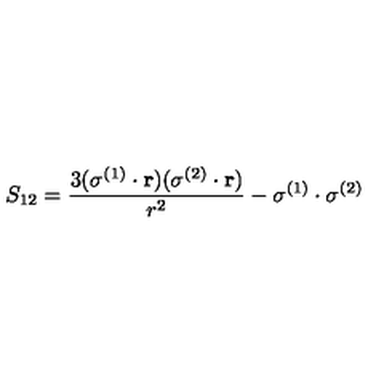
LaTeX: S _ { 1 2 } = \frac { 3 ( \mathrm { \boldmath \sigma } ^ { ( 1 ) } \cdot { \bf r } ) ( \mathrm { \boldmath \sigma } ^ { ( 2 ) } \cdot { \bf r } ) } { r ^ { 2 } } - \mathrm { \boldmath \sigma } ^ { ( 1 ) } \cdot \mathrm { \boldmath \sigma } ^ { ( 2 ) }